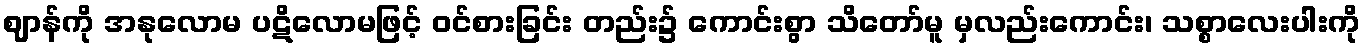
ဈာန်ကို အနုလောမ ပဋိလောမဖြင့် ဝင်စားခြင်း တည်း၌ ကောင်းစွာ သိတော်မူ မှလည်းကောင်း၊ သစ္စာလေးပါးကို